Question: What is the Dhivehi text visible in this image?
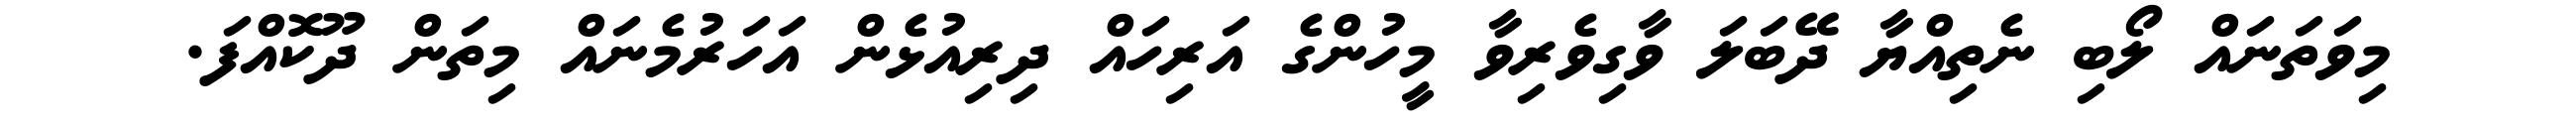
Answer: މިވަތަނައް ލޯބި ނެތިއްޔާ ދޭބަލަ ވާގިވެރިވާ މީހުންގެ އަރިހައް ދިރިއުޅެން އަހަރުމެނައް މިތަން ދޫކޮއްފަ.